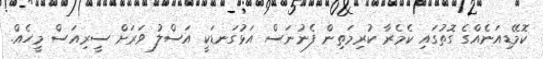
ކޮމޭޑިއަނެއްގެ ގޮތުގައި ކެމެރާ ކުރިމަތިން ފެނުނަސް އަޅުގަނޑަކީ އަސްލު ވަރަށް ސީރިއަސް މީހެއް.